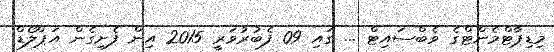
މިޑިޕާޓްމެންޓްގެ ވެބްސައިޓް ... ގައި 09 ފެބުރުވަރީ 2015 އިން ފެށިގެން އަޕްލޯޑް